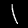
Label: 1